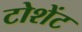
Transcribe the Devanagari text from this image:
टोशेंट